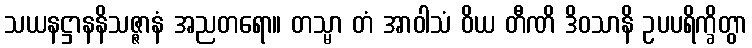
သယနဋ္ဌာနနိသဇ္ဇာနံ အညတရော။ တသ္မာ တံ အာဝါသံ ဝိယ တီဏိ ဒိဝသာနိ ဥပပရိက္ခိတွာ